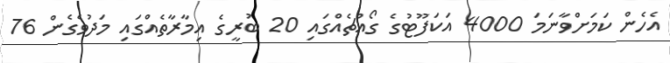
އެހެން ކަމަށްވާނަމަ 4000 އަކަފޫޓުގެ ގޯއްޗެއްގައި 20 ބުރީގެ އިމާރާތެއްގައި މަދުވެގެން 76